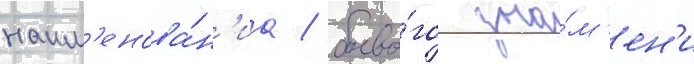
наим'енова́н'иа / боево́го зна́м'ен'и